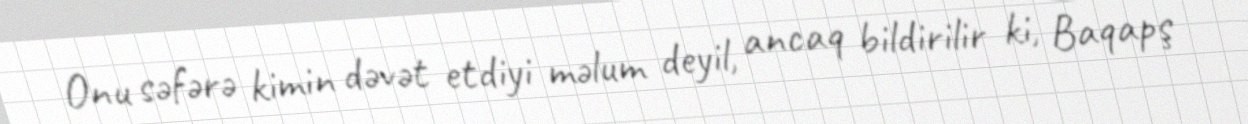
Onu səfərə kimin dəvət etdiyi məlum deyil, ancaq bildirilir ki, Baqapş